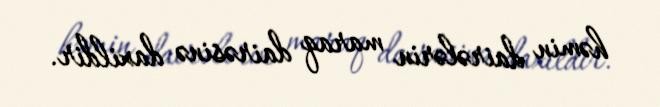
həmin dairələrin maraq dairəsinə daxildir.